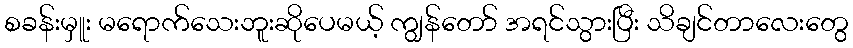
စခန်းမှူး မရောက်သေးဘူးဆိုပေမယ့် ကျွန်တော် အရင်သွားပြီး သိချင်တာလေးတွေ